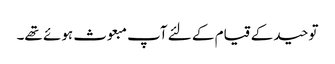
توحید کے قیام کے لئے آپ مبعوث ہوئے تھے۔